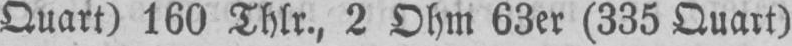
Quart) 160 Thlr., 2 Ohm 63er (335 Quart)